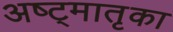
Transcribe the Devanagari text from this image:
अष्ट्मातृका